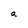
Character: a